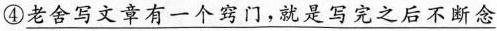
④\underline{老舍写文章有一个窍门，就是写完之后不断念}